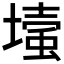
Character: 𡐬